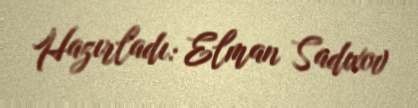
Hazırladı: Elman Sadıxov